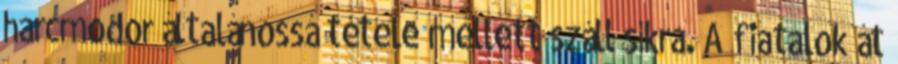
harcmodor általánossá tétele mellett száll síkra. A fiatalok át